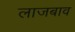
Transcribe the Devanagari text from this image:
लाजबाव